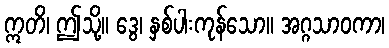
ဣတိ၊ ဤသို့။ ဒွေ၊ နှစ်ပါးကုန်သော။ အဂ္ဂသာဝကာ၊